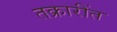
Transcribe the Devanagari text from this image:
तक्रारींत